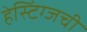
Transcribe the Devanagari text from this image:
हेस्टिंग्जची